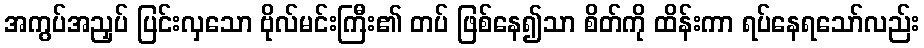
အကွပ်အညှပ် ပြင်းလှသော ဗိုလ်မင်းကြီး၏ တပ် ဖြစ်နေ၍သာ စိတ်ကို ထိန်းကာ ရပ်နေရသော်လည်း